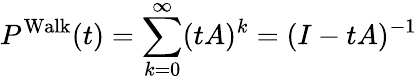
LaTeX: P^{\operatorname{Walk}}(t)=\sum_{k=0}^{\infty}(tA)^{k}=(I-tA)^{-1}